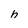
Character: h